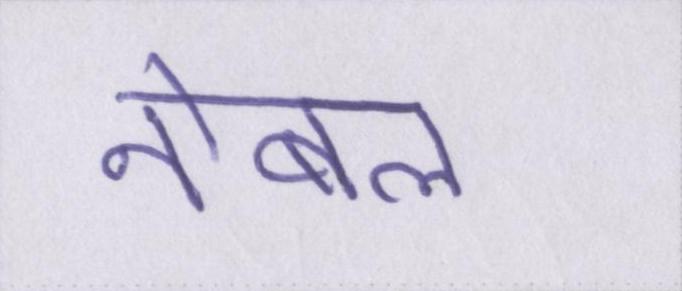
नोबल